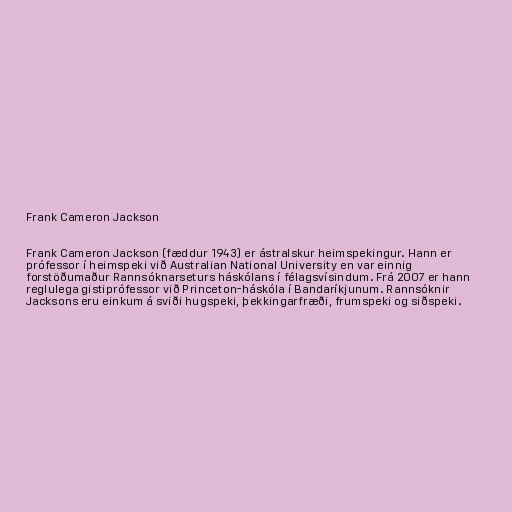
Frank Cameron Jackson

Frank Cameron Jackson (fæddur 1943) er ástralskur heimspekingur. Hann er
prófessor í heimspeki við Australian National University en var einnig
forstöðumaður Rannsóknarseturs háskólans í félagsvísindum. Frá 2007 er hann
reglulega gistiprófessor við Princeton-háskóla í Bandaríkjunum. Rannsóknir
Jacksons eru einkum á sviði hugspeki, þekkingarfræði, frumspeki og siðspeki.